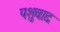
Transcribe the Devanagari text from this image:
पशुवाद